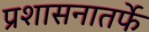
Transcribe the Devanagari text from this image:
प्रशासनातर्फे